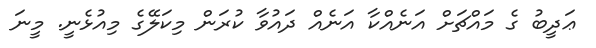
ޢަދީބު ގެ މައްޗަށް އަނެއްކާ އަނެއް ދައުވާ ކުރަން މިކަލޭގެ މިއުޅެނީ. މީނަ